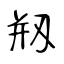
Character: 剏